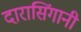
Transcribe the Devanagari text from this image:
दारासिंगानी